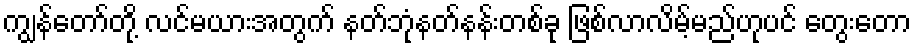
ကျွန်တော်တို့ လင်မယားအတွက် နတ်ဘုံနတ်နန်းတစ်ခု ဖြစ်လာလိမ့်မည်ဟုပင် တွေးတော